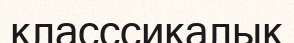
класссикалық